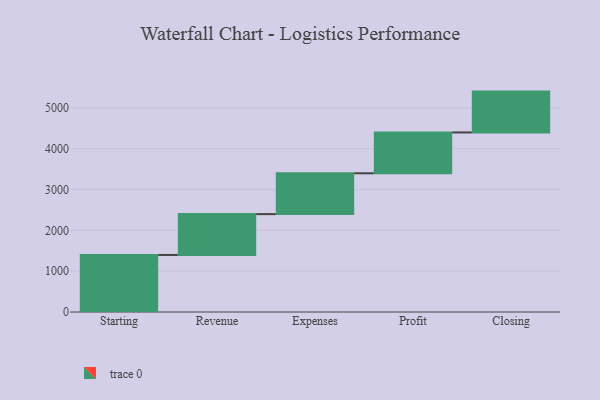
{"axis": {"x": "Step", "y": "Value"}, "legend": [""], "data": [{"x": "Starting", "y": 1397.0, "type": ""}, {"x": "Revenue", "y": 1000, "type": ""}, {"x": "Expenses", "y": 1000, "type": ""}, {"x": "Profit", "y": 1000, "type": ""}, {"x": "Closing", "y": 1000, "type": ""}]}